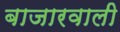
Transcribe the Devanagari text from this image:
बाजारवाली